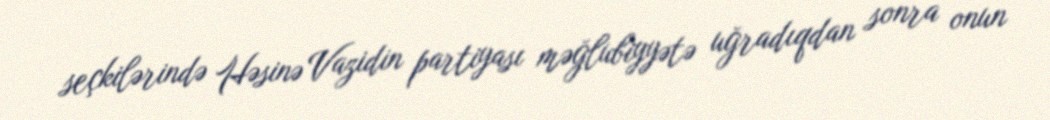
seçkilərində Həsinə Vazidin partiyası məğlubiyyətə uğradıqdan sonra onun